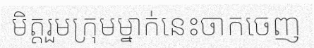
មិត្តរួមក្រុមម្នាក់នេះចាកចេញ